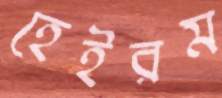
হেইরম